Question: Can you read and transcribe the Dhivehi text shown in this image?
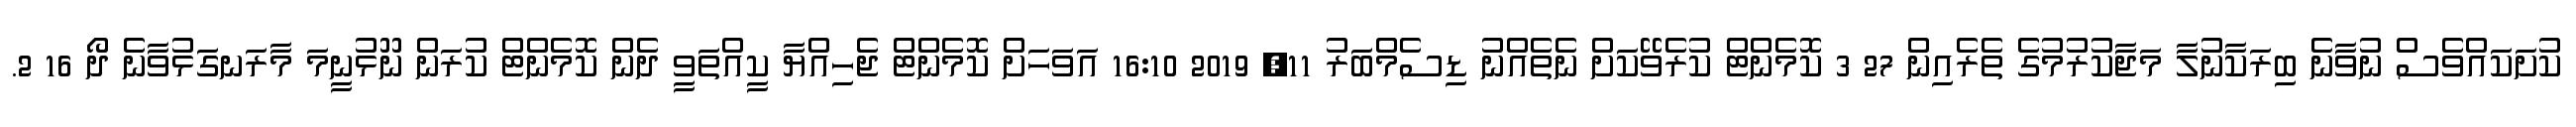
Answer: ކުށަކައްވެސް ނުވާނެ ބިރަކާނުލާ މަޖާކުރުމުގެ ތެރެއިން 27 3 ކޮމެންޓް ކުރެވޭކަށް ނެތެއްނު ޑިސެމްބަރު 11, 2019 16:10 އަވަހަށް ކޮމެންޓް ޖެހިއްޔާ ކީއްތަވީ ދެން ކޮމެންޓް ކުރަން ނޫޅުނީމަ މާރަނގަޅުވާނެ ދޯ 16 2.